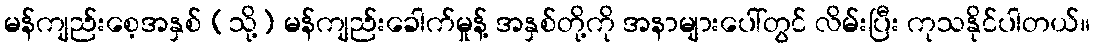
မန်ကျည်းစေ့အနှစ် (သို့) မန်ကျည်းခေါက်မှုန့် အနှစ်တို့ကို အနာများပေါ်တွင် လိမ်းပြီး ကုသနိုင်ပါတယ်။